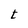
Character: t